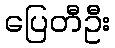
ပြေတီဦး